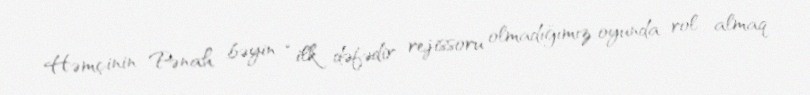
Həmçinin Pənah bəyin “ilk dəfədir rejissoru olmadığımız oyunda rol almaq